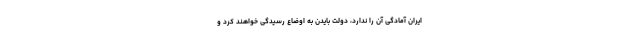
ایران آمادگی آن را ندارد، دولت بایدن به اوضاع رسیدگی خواهند کرد و